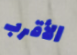
الأقرب